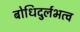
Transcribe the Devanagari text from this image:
बोधिदुर्लभत्व